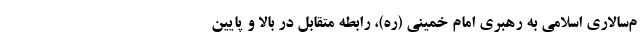
م‌سالاری اسلامی به رهبری امام خمینی (ره)، رابطه متقابل در بالا و پایین